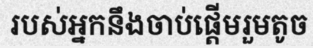
របស់អ្នកនឹងចាប់ផ្តើមរួមតូច